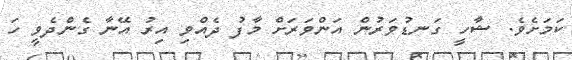
ކަމަށެވެ. ޝާހީ ގަނޑުވަރުން އަންވަރަށް މާފު ދެއްވި އިރު އޭނާ ގެންދެވީ ހަ